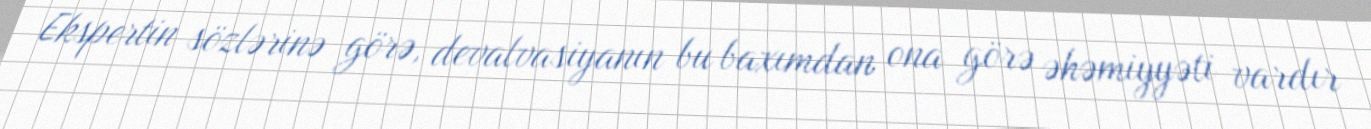
Ekspertin sözlərinə görə, devalvasiyanın bu baxımdan ona görə əhəmiyyəti vardır